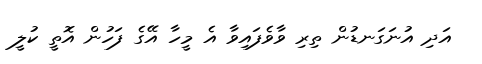
އަދި އުނަގަނޑުން ތިރި ވާވެފައިވާ އެ މީހާ އޭގެ ފަހުން އޮތީ ކުލީ